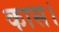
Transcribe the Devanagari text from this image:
कास।